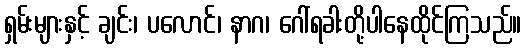
ရှမ်းများနှင့် ချင်း၊ ပလောင်၊ နာဂ၊ ဂေါ်ရခါးတို့ပါနေထိုင်ကြသည်။